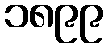
၁၈၉၉